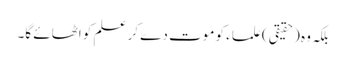
بلکہ وہ (حقیقی) علماء کو موت دے کر علم کو اٹھائے گا۔